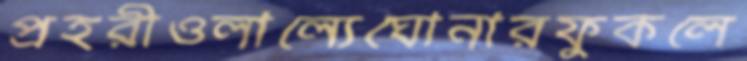
প্রহরীওলাল্যেঘোনারফুকলে